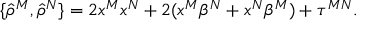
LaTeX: \{ { \hat { \rho } } ^ { M } , { \hat { \rho } } ^ { N } \} = 2 x ^ { M } x ^ { N } + 2 ( x ^ { M } \beta ^ { N } + x ^ { N } \beta ^ { M } ) + \tau ^ { M N } .